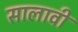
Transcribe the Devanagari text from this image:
सालावीं